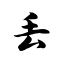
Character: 丢